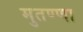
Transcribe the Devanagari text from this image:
मुतण्णा